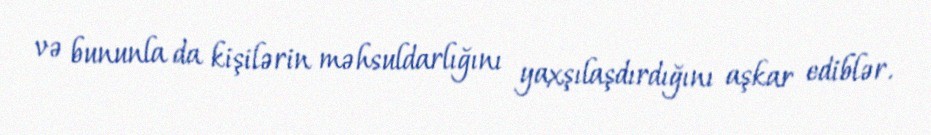
və bununla da kişilərin məhsuldarlığını yaxşılaşdırdığını aşkar ediblər.